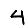
Digit: 4